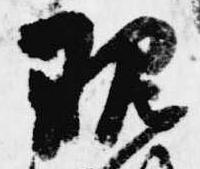
現